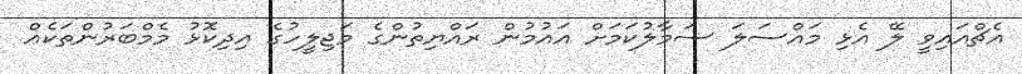
އެޗްއައިވީ ލޭ އެޅި މައްސަލަ ސަމާލުކަމަށް އައުމުން ރައްޔިތުންގެ މަޖިލީހުގެ އިދިކޮޅު މެމްބަރުންތަކެއް